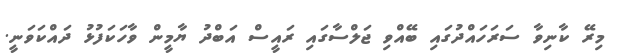
މިރޭ ކާނިވާ ސަރަހައްދުގައި ބޭއްވި ޖަލްސާގައި ރައީސް އަބްދު ޔާމީން ވާހަކަފުޅު ދައްކަވަނީ.